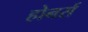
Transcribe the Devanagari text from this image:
होनर्स